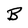
Character: B